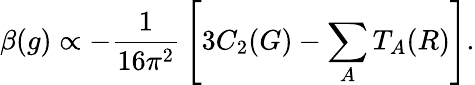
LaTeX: \beta(g)\propto-{\frac{1}{16\pi^{2}}}\left[3C_{2}(G)-\sum_{A}T_{A}(R)\right].